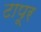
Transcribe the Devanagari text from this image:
टापूर